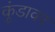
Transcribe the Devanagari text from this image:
कुंडावर